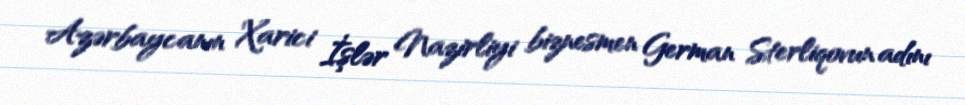
Azərbaycanın Xarici İşlər Nazirliyi biznesmen German Sterliqovun adını